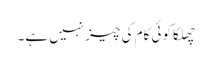
چھلکا کوئی کام کی چیز نہیں ہے۔